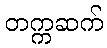
တက္ကဆက်